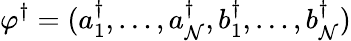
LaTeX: \mathbf{\varphi}^{\dagger}=(a_{1}^{\dagger},\dots,a_{\mathcal{N}}^{\dagger},b_{1}^{\dagger},\dots,b_{\mathcal{N}}^{\dagger})